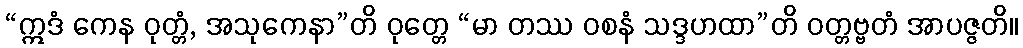
“ဣဒံ ကေန ဝုတ္တံ, အသုကေနာ”တိ ဝုတ္တေ “မာ တဿ ဝစနံ သဒ္ဒဟထာ”တိ ဝတ္တဗ္ဗတံ အာပဇ္ဇတိ။